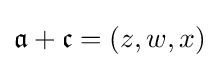
{\mathfrak {a}}+{\mathfrak {c}}=(z,w,x)